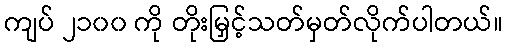
ကျပ် ၂၁၀၀ ကို တိုးမြှင့်သတ်မှတ်လိုက်ပါတယ်။